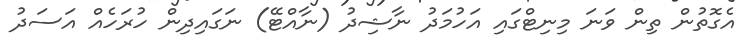
އެގޮތުން ތިން ވަނަ މިނިޓްގައި އަހުމަދު ނާޝިދު (ނާއްޓޭ) ނަގައިދިން ހުރަހެއް އަސަދު